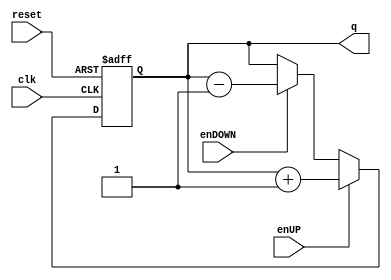
module Contador_Ascendente_Descendente
	# (parameter N = 4) 
	(
		input wire clk,
		input wire reset,
		input wire enUP,
		input wire enDOWN,
		output wire [N-1:0] q
    );
reg [N-1:0] q_act, q_next;
always@(posedge clk,posedge reset)
	if(reset)
		q_act <= 0;
	else
		q_act <= q_next;
always@*
	if(enUP)
		q_next = q_act + 1'b1;
	else if (enDOWN)
		q_next = q_act - 1'b1;
	else
		q_next = q_act;
assign q = q_act;
endmodule